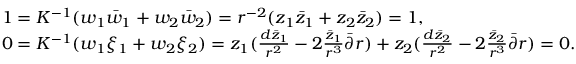
\begin{array} { r l } & { 1 = K ^ { - 1 } ( w _ { 1 } \bar { w } _ { 1 } + w _ { 2 } \bar { w } _ { 2 } ) = r ^ { - 2 } ( z _ { 1 } \bar { z } _ { 1 } + z _ { 2 } \bar { z } _ { 2 } ) = 1 , } \\ & { 0 = K ^ { - 1 } ( w _ { 1 } \xi _ { 1 } + w _ { 2 } \xi _ { 2 } ) = z _ { 1 } ( \frac { d \bar { z } _ { 1 } } { r ^ { 2 } } - 2 \frac { \bar { z } _ { 1 } } { r ^ { 3 } } \bar { \partial } r ) + z _ { 2 } ( \frac { d \bar { z } _ { 2 } } { r ^ { 2 } } - 2 \frac { \bar { z } _ { 2 } } { r ^ { 3 } } \bar { \partial } r ) = 0 . } \end{array}